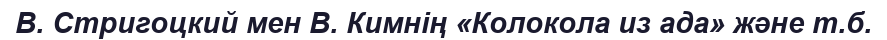
В. Стригоцкий мен В. Кимнің «Колокола из ада» және т.б.